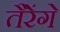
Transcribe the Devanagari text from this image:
तैरेंगे